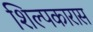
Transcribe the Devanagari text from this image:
शिल्पकारास